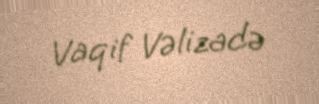
Vaqif Vəlizadə